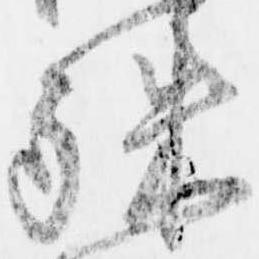
殊